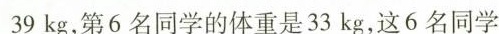
39kg，第6名同学的体重是33kg，这6名同学